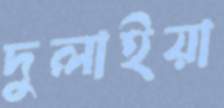
দুলাইয়া